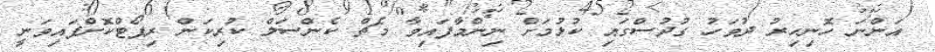
އަންނަ ހޮނިހިރު ދުވަހު ގުދުސްގައި ކުޅުމަށް ނިންމާފައިވާ މެޗް ކެންސަލް ކުރިކަން ރިޕޯޓްކޮށްފައިވަނީ